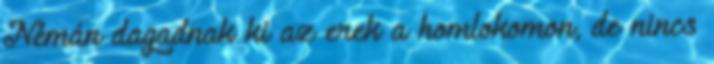
Némán dagadnak ki az erek a homlokomon, de nincs